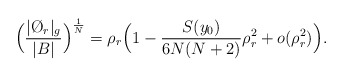
\begin{align*} \Bigl( \frac{| \O_r|_g}{|B|}\Bigr)^{\frac{1}{N}}= \rho_r \Bigl(1-\frac{S(y_0)}{6N(N+2)}\rho_r^2 +o(\rho_r^2)\Bigr).\end{align*}